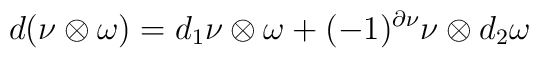
d(\nu\otimes\omega)=d_1\nu\otimes\omega+(-1)^{\partial\nu}   \nu\otimes d_2\omega